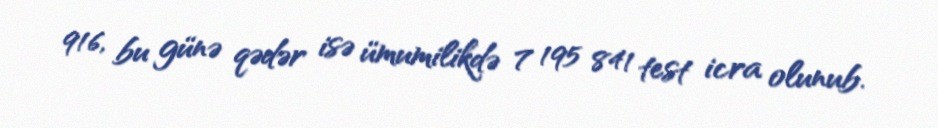
916, bu günə qədər isə ümumilikdə 7 195 841 test icra olunub.